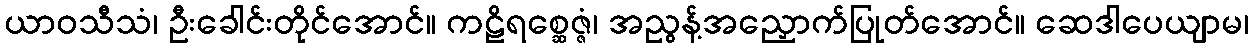
ယာဝသီသံ၊ ဦးခေါင်းတိုင်အောင်။ ကဠိရစ္ဆေဇ္ဇံ၊ အညွန့်အညှောက်ပြုတ်အောင်။ ဆေဒါပေယျာမ၊